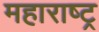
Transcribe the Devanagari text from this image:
महाराष्‍ट्र